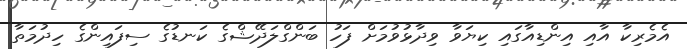
އެމެރިކާ އާއި އިންޑިއާގައި ކިޔަވާ ވިދާޅުވުމަށް ފަހު ބަންގްލަދޭޝްގެ ކަނޑުގެ ސިފައިންގެ ހިދުމަތާ